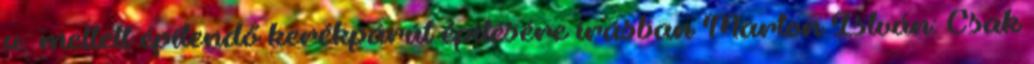
u. mellett építendő kerékpárút építésére írásban Marton István: Csak